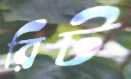
রিট